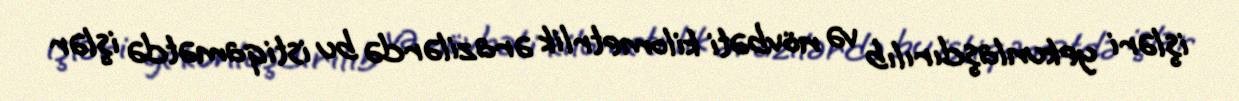
işləri yekunlaşdırılıb və növbəti kilometrlik ərazilərdə bu istiqamətdə işlər